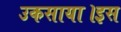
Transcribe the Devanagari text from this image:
उकसाया।इस